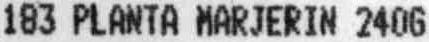
183 PLANTA MARJERIN 240G